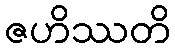
ဇဟိဿတိ